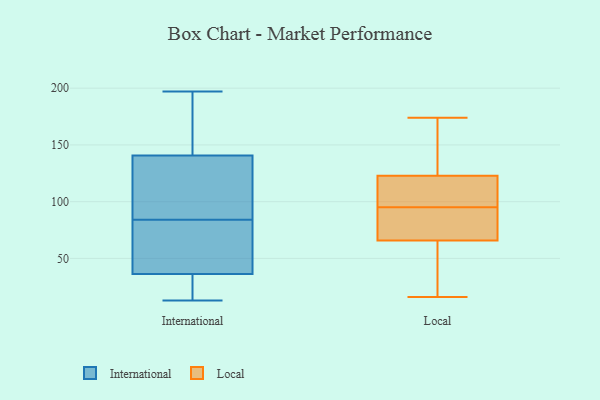
{"axis": {"x": "Shipments", "y": "Value"}, "legend": ["International", "Local"], "data": [{"x": "", "y": 22, "type": "International"}, {"x": "", "y": 160, "type": "International"}, {"x": "", "y": 34, "type": "International"}, {"x": "", "y": 77, "type": "International"}, {"x": "", "y": 84, "type": "International"}, {"x": "", "y": 137, "type": "International"}, {"x": "", "y": 133, "type": "International"}, {"x": "", "y": 197, "type": "International"}, {"x": "", "y": 132, "type": "International"}, {"x": "", "y": 43, "type": "International"}, {"x": "", "y": 76, "type": "International"}, {"x": "", "y": 13, "type": "International"}, {"x": "", "y": 17, "type": "International"}, {"x": "", "y": 179, "type": "International"}, {"x": "", "y": 37, "type": "International"}, {"x": "", "y": 100, "type": "International"}, {"x": "", "y": 152, "type": "International"}, {"x": "", "y": 131, "type": "Local"}, {"x": "", "y": 64, "type": "Local"}, {"x": "", "y": 99, "type": "Local"}, {"x": "", "y": 152, "type": "Local"}, {"x": "", "y": 16, "type": "Local"}, {"x": "", "y": 95, "type": "Local"}, {"x": "", "y": 19, "type": "Local"}, {"x": "", "y": 93, "type": "Local"}, {"x": "", "y": 174, "type": "Local"}, {"x": "", "y": 97, "type": "Local"}, {"x": "", "y": 79, "type": "Local"}, {"x": "", "y": 119, "type": "Local"}, {"x": "", "y": 124, "type": "Local"}, {"x": "", "y": 71, "type": "Local"}, {"x": "", "y": 109, "type": "Local"}, {"x": "", "y": 16, "type": "Local"}, {"x": "", "y": 22, "type": "Local"}, {"x": "", "y": 125, "type": "Local"}, {"x": "", "y": 84, "type": "Local"}]}